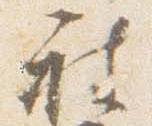
被